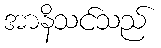
အာနိသင်သည်